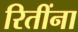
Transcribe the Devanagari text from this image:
रितींना